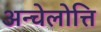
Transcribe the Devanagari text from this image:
अन्चेलोत्ति